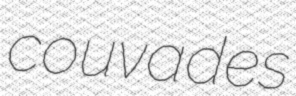
couvades